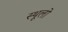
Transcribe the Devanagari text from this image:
स्थूलो